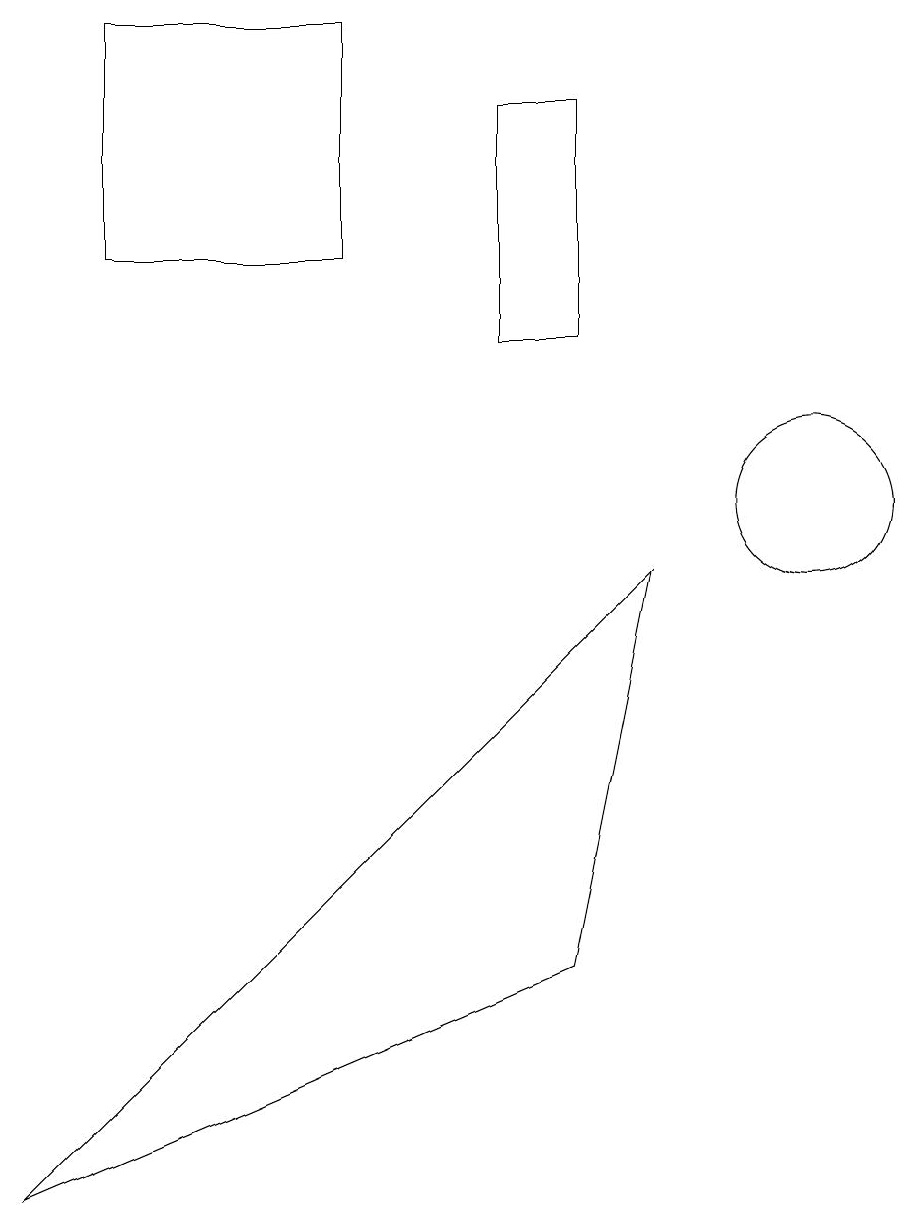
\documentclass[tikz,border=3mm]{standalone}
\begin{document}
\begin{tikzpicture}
\draw (2,16) rectangle (5,13);
\draw (8,15) rectangle (7,12);
\draw (11,10) circle (1);
\draw (1,1) -- (9,9) -- (8,4) -- cycle;
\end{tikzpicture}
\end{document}